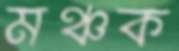
মঞ্চক